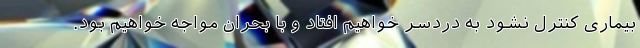
بیماری کنترل نشود به دردسر خواهیم افتاد و با بحران مواجه خواهیم بود.